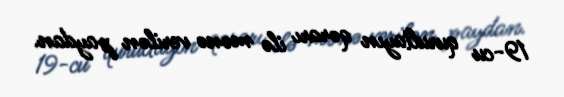
19-cu qurultayın qərarı ilə mənə verilən paydan.